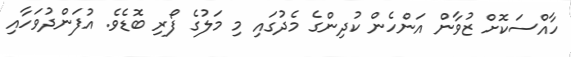
ހާއްސަކޮށް ޒުވާން އަންހެން ކުދިންގެ މެދުގައި މި މަލުގެ ފޯރި ބޮޑެވެ. އުފަންދުވަހާއި